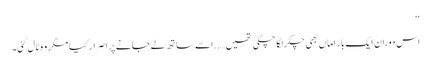
‘‘
اس دوران ایک بار اماں بھی چکر لگا چکی تھیں…..اسے ساتھ لے جانے پر اصرار کیا مگر وہ ٹال گئی۔